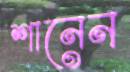
শানেন